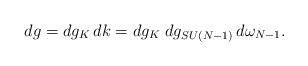
LaTeX: \begin{align*}dg=dg_K\,dk=dg_{K}\;dg_{SU(N-1)}\,d\omega_{N-1}.\end{align*}